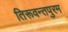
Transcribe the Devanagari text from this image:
तिरूवन्तपुरम